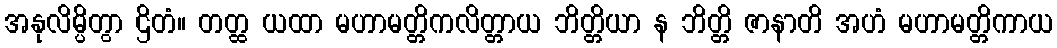
အနုလိမ္ပိတွာ ဌိတံ။ တတ္ထ ယထာ မဟာမတ္တိကလိတ္တာယ ဘိတ္တိယာ န ဘိတ္တိ ဇာနာတိ အဟံ မဟာမတ္တိကာယ